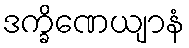
ဒက္ခိဏေယျာနံ